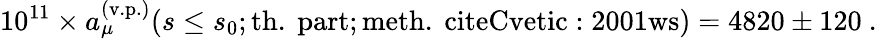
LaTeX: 10^{11}\times a_{\mu}^{\mathrm{(v.p.)}}(s\leq s_{0};\mathrm{th.\ part};\mathrm{meth.\ cite{Cvetic:2001ws}})=4820\pm 120\ .